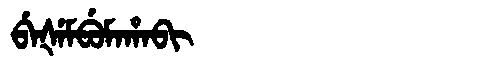
Manchu: ᠪᡝᡧᡝᠮᠪᡠᠮᠠᡥᠠᠪᡳ
Romanization: BEŠEMBUMAHABI